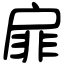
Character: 扉